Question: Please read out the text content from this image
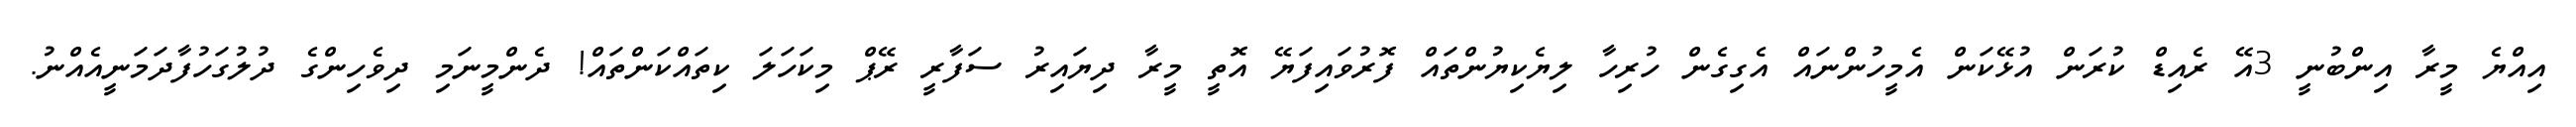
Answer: އިއްޔެ މީރާ އިންބުނީ 3އޭ ރެއިޑް ކުރަން އުޅޭކަން އެމީހުންނައް އެގިގެން ހުރިހާ ލިޔެކިޔުންތައް ފޮރުވައިފަޔޭ އޮތީ މީރާ ދިޔައިރު ސަފާރީ ރޭޕް މިކަހަލަ ކިތައްކަންތައް! ދެންމީނަމި ދިވެހިންގެ ދުލުގަހުފާދަމަނީއެއްނު.